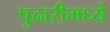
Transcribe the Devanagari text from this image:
पुढारीमध्ये